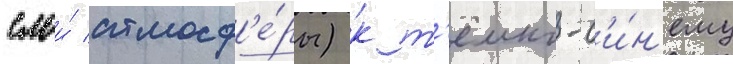
слои́ атмосф'е́ры) к т'ёмно-с'и́н'ему